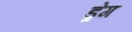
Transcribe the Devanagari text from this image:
ड्रेग